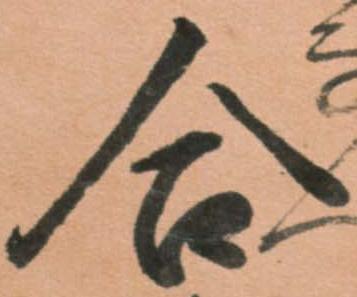
合